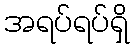
အရပ်ရပ်ရှိ